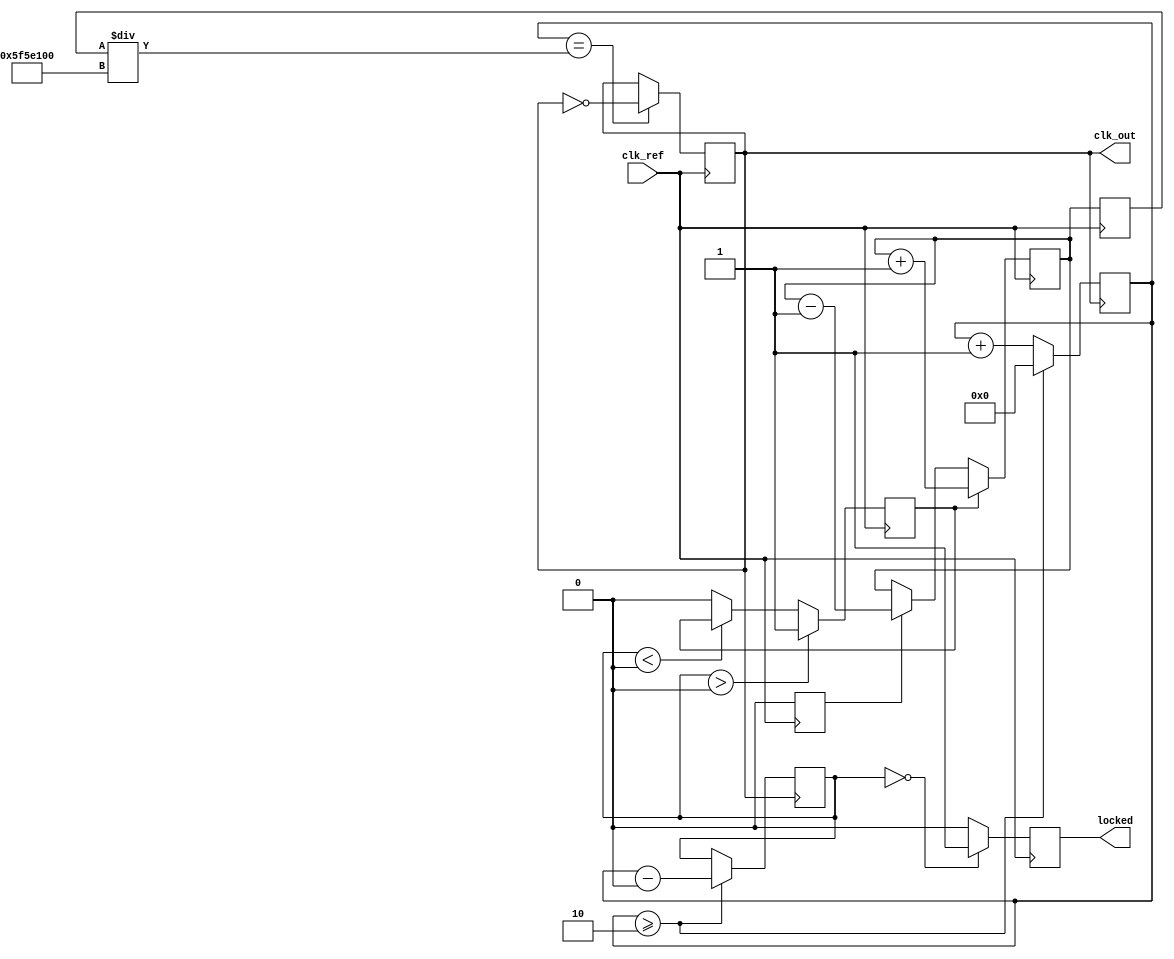
module parameterized_pll #(
    parameter INPUT_FREQUENCY = 50_000_000,  // Reference clock frequency in Hz
    parameter OUTPUT_FREQUENCY = 100_000_000, // Desired output frequency in Hz
    parameter FEEDBACK_DIVIDER = 2,           // Feedback divider value
    parameter PHASE_OFFSET = 0,                // Phase offset in degrees
    parameter LOCK_TIME = 100                   // Lock time constant
)(
    input wire clk_ref,                       // Reference clock input
    output reg clk_out,                       // Output clock
    output reg locked                         // Lock status signal
);

    // Internal signals
    reg [31:0] vco_frequency;                 // VCO frequency
    reg [31:0] control_voltage;                // Control voltage from charge pump
    wire up, down;                            // Signals from phase frequency detector
    reg [31:0] feedback_counter;               // Feedback counter for divider
    reg [31:0] phase_error;                   // Phase error signal

    // Phase Frequency Detector (PFD)
    always @(posedge clk_ref) begin
        // Basic PFD logic to generate UP and DOWN signals
        if (phase_error > 0)
            up <= 1;
        else if (phase_error < 0)
            down <= 1;
        else
            up <= 0; down <= 0;
    end

    // Charge Pump
    always @(posedge clk_ref) begin
        if (up)
            control_voltage <= control_voltage + 1; // Increase control voltage
        else if (down)
            control_voltage <= control_voltage - 1; // Decrease control voltage
        // Additional logic can be added for saturation and discharge
    end

    // Voltage-Controlled Oscillator (VCO)
    always @(posedge clk_ref) begin
        // Adjust VCO frequency based on control voltage
        vco_frequency <= control_voltage; // Simplified frequency control
        // Generate clk_out based on vco_frequency
        clk_out <= (feedback_counter == (vco_frequency / OUTPUT_FREQUENCY)) ? ~clk_out : clk_out;
    end

    // Frequency Divider
    always @(posedge clk_out) begin
        feedback_counter <= feedback_counter + 1;
        if (feedback_counter >= FEEDBACK_DIVIDER) begin
            feedback_counter <= 0; // Reset feedback counter
            phase_error <= feedback_counter - (INPUT_FREQUENCY / OUTPUT_FREQUENCY); // Calculate phase error
        end
    end

    // Lock Detection Logic
    always @(posedge clk_ref) begin
        // Simple lock detection based on phase error stability
        if (phase_error == 0) begin
            locked <= 1; // PLL is locked
        end else begin
            locked <= 0; // PLL is not locked
        end
    end

endmodule